Report on the working of the Ranchi Indian Mental Hospital, Kanke, in Bihar and Orissa - 1930-1940
Year: 1930
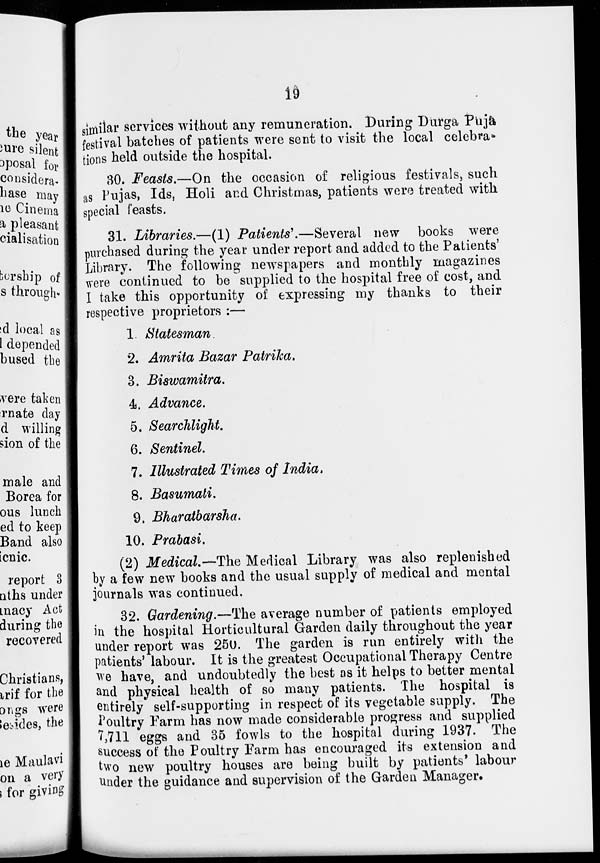
19
similar services without any remuneration. During Durga Puja
festival batches of patients were sent to visit the local celebra-
tions held outside the hospital.
30. Feasts.—On the occasion of religious festivals, such
as Pujas, Ids, Holi and Christmas, patients were treated with
special feasts.
31. Libraries.—(1) Patients'.—Several new books were
purchased during the year under report and added to the Patients'
Library. The following newspapers and monthly magazines
were continued to be supplied to the hospital free of cost, and
I take this opportunity of expressing my thanks to their
respective proprietors :—
1. Statesman.
2. Amrita Bazar Patrika.
3. Biswamitra.
4. Advance.
5. Searchlight.
6. Sentinel.
7. Illustrated Times of India.
8. Basumati.
9. Bharatbarsha.
10. Prabasi.
(2) Medical.—The Medical Library was also replenished
by a few new books and the usual supply of medical and mental
journals was continued.
32. Gardening.—The average number of patients employed
in the hospital Horticultural Garden daily throughout the year
under report was 250. The garden is run entirely with the
patients' labour. It is the greatest Occupational Therapy Centre
we have, and undoubtedly the best as it helps to better mental
and physical health of so many patients. The hospital is
entirely self-supporting in respect of its vegetable supply. The
Poultry Farm has now made considerable progress and supplied
7,711 eggs and 35 fowls to the hospital during 1937. The
success of the Poultry Farm has encouraged its extension and
two new poultry houses are being built by patients' labour
under the guidance and supervision of the Garden Manager.